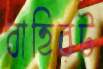
বাহিরট